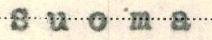
Suoma